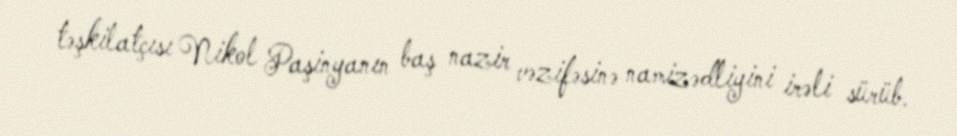
təşkilatçısı Nikol Paşinyanın baş nazir vəzifəsinə namizədliyini irəli sürüb.